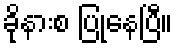
ခိုနားစ ပြုနေပြီ။